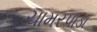
ચામરપાડા